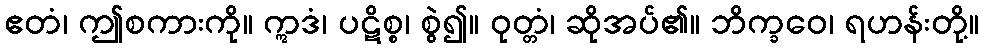
ဧတံ၊ ဤစကားကို။ ဣဒံ၊ ပဋိစ္စ၊ စွဲ၍။ ဝုတ္တံ၊ ဆိုအပ်၏။ ဘိက္ခဝေ၊ ရဟန်းတို့။